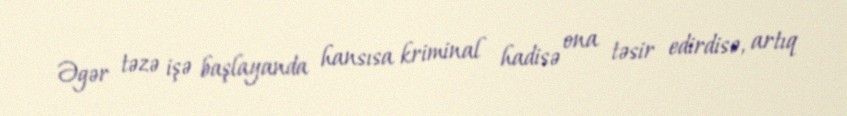
Əgər təzə işə başlayanda hansısa kriminal hadisə ona təsir edirdisə, artıq